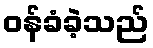
ဝန်ခံခဲ့သည်